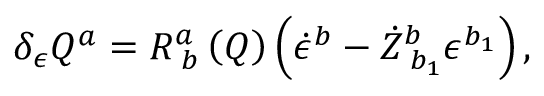
\delta _ { \epsilon } Q ^ { a } = R _ { \; b } ^ { a } \left( Q \right) \left( \dot { \epsilon } ^ { b } - \dot { Z } _ { \; b _ { 1 } } ^ { b } \epsilon ^ { b _ { 1 } } \right) ,